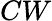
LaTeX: CW